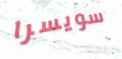
سويسرا